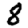
Digit: 8